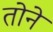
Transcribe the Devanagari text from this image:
तोने